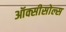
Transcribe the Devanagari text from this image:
ऑक्सीसोल्स